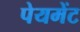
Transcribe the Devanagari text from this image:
पेयमेंट